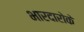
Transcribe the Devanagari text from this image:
भारदारोके